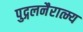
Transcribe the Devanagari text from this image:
पुद्गलनैरात्म्य